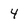
Character: 4